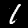
Label: 1